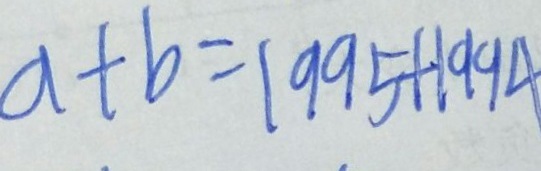
a + b = 1 9 9 5 + 1 9 9 4